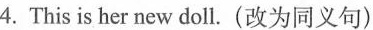
4.This is her new doll.(改为同义句)